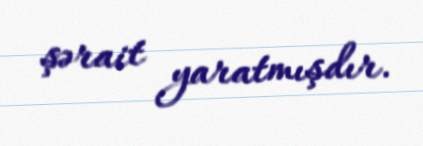
şərait yaratmışdır.